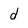
Character: d